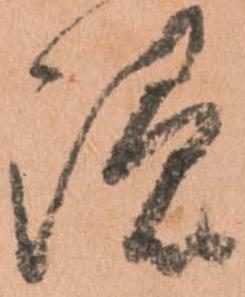
隠